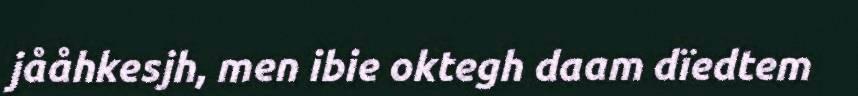
jååhkesjh, men ibie oktegh daam dïedtem